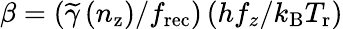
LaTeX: \beta=\left(\widetilde{\gamma}\left(n_{\mathrm{z}}\right)/f_{\mathrm{rec}}\right)\left(hf_{z}/k_{\mathrm{B}}T_{\mathrm{r}}\right)